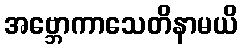
အဗ္ဘောကာသေတိနာမယိ